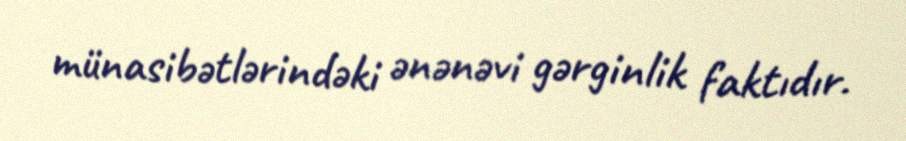
münasibətlərindəki ənənəvi gərginlik faktıdır.